Indian journal of veterinary science and animal husbandry - Volume 5,
Year: 1935
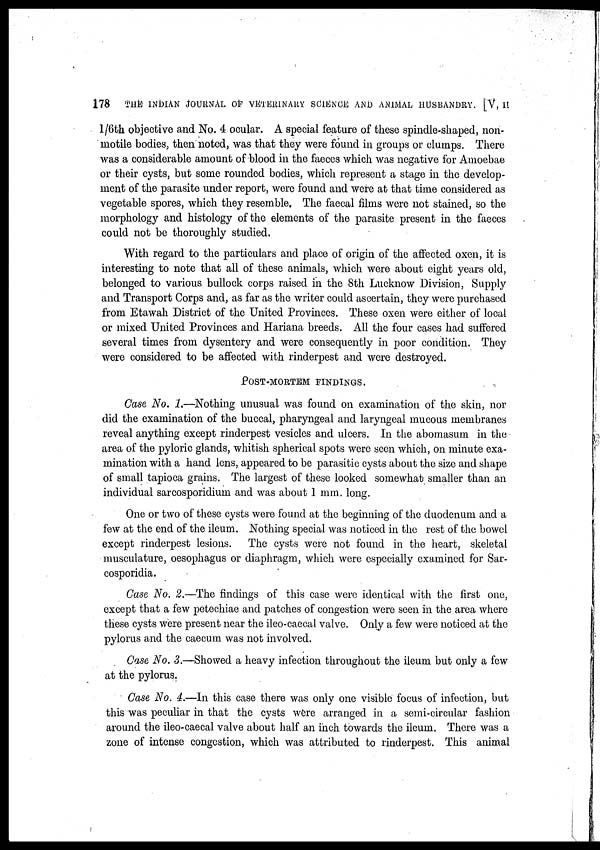
178
THE INDIAN JOURNAL OF VETERINARY SCIENCE AND ANIMAL HUSBANDRY. [V, II
l/6th objective and No. 4 ocular. A special feature of these spindle-shaped, non-
motile bodies, then noted, was that they were found in groups or clumps. There
was a considerable amount of blood in the faeces which was negative for Amoebae
or their cysts, but some rounded bodies, which represent a stage in the develop-
ment of the parasite under report, were found and were at that time considered as
vegetable spores, which they resemble. The faecal films were not stained, so the
morphology and histology of the elements of the parasite present in the faeces
could not be thoroughly studied.
With regard to the particulars and place of origin of the affected oxen, it is
interesting to note that all of these animals, which were about eight years old,
belonged to various bullock corps raised in the 8th Lucknow Division, Supply
and Transport Corps and, as far as the writer could ascertain, they were purchased
from Etawah District of the United Provinces. These oxen were either of local
or mixed United Provinces and Hariana breeds. All the four cases had suffered
several times from dysentery and were consequently in poor condition. They
were considered to be affected with rinderpest and were destroyed.
POST-MORTEM FINDINGS.
Case No. 1.—Nothing unusual was found on examination of the skin, nor
did the examination of the buccal, pharyngeal and laryngeal mucous membranes
reveal anything except rinderpest vesicles and ulcers. In the abomasum in the
area of the pyloric glands, whitish spherical spots were seen which, on minute exa-
mination with a hand lens, appeared to be parasitic cysts about the size and shape
of small tapioca grains. The largest of these looked somewhat smaller than an
individual sarcosporidium and was about 1 mm. long.
One or two of these cysts were found at the beginning of the duodenum and a
few at the end of the ileum. Nothing special was noticed in the rest of the bowel
except rinderpest lesions. The cysts were not found in the heart, skeletal
musculature, oesophagus or diaphragm, which were especially examined for Sar-
cosporidia.
Case No. 2.—The findings of this case were identical with the first one,
except that a few petechiae and patches of congestion were seen in the area where
these cysts were present near the ileo-caecal valve. Only a few were noticed at the
pylorus and the caecum was not involved.
Case No. 3.—Showed a heavy infection throughout the ileum but only a few
at the pylorus.
Case No. 4.—In this case there was only one visible focus of infection, but
this was peculiar in that the cysts were arranged in a semi-circular fashion
around the ileo-caecal valve about half an inch towards the ileum. There was a
zone of intense congestion, which was attributed to rinderpest. This animal